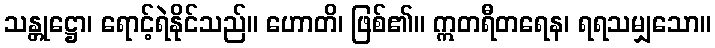
သန္တုဋ္ဌော၊ ရောင့်ရဲနိုင်သည်။ ဟောတိ၊ ဖြစ်၏။ ဣတရီတရေန၊ ရရသမျှသော။